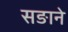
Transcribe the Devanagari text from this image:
सङाने